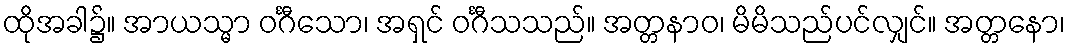
ထိုအခါ၌။ အာယသ္မာ ဝင်္ဂီသော၊ အရှင် ဝင်္ဂီသသည်။ အတ္တနာဝ၊ မိမိသည်ပင်လျှင်။ အတ္တနော၊